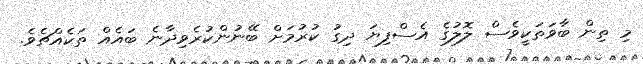
މި ތިން ބާވަތަކީވެސް ލޮލުގެ އެސްފިޔަ ދިގު ކުރުމަށް ބޭނުންކުރެވިދާނެ ބައެއް ތަކެއްޗެވެ.